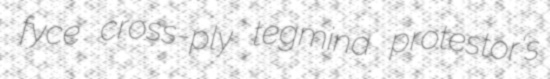
fyce cross-ply tegmina protestor's